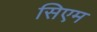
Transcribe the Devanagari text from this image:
सिएम